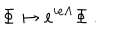
LaTeX: \Phi \mapsto e ^ { i e \Lambda } \Phi ~ .